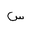
Letter: _sin